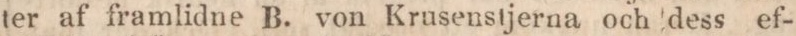
ter af framlidne B. von Krusenstjerna och dess ef-